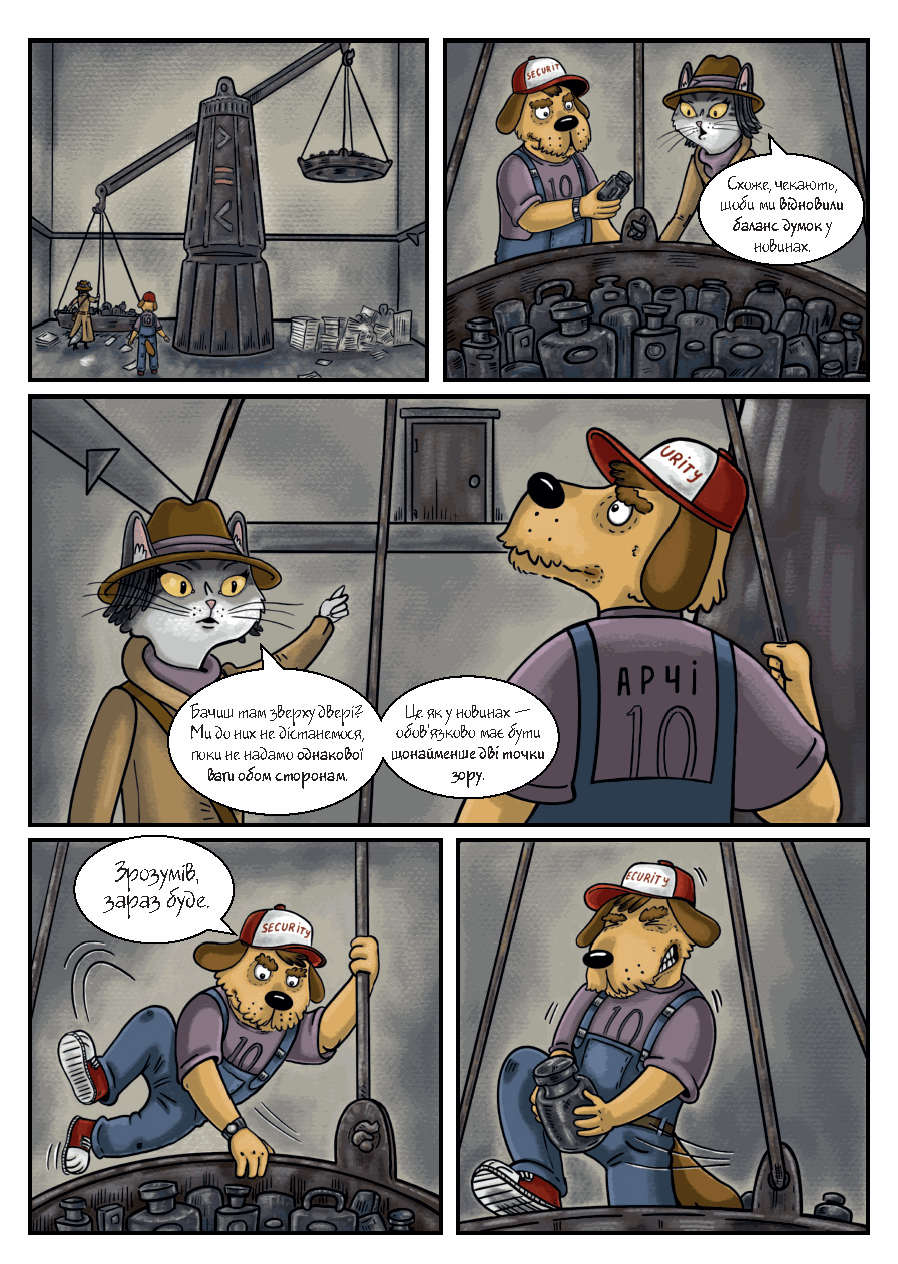
Схоже, чекають,
 щоби ми відновили
 баланс думок у
 новинах.
 Бачиш там зверху двері? Це як у новинах —
 Ми до них не дістанемося, обов'язково має бути
 поки не надамо однакової щонайменше дві точки
 ваги обом сторонам. зору.
 Зрозумів,
 зараз буде.